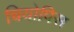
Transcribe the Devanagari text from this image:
चियोपिस